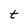
Character: t